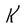
Character: K